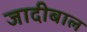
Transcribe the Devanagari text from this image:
जादीबाल